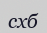
схб